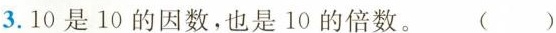
3. 10是10的因数，也是10的倍数。()